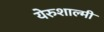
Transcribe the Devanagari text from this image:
येरुशाल्मी